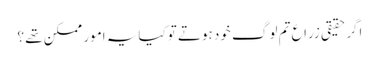
اگرحقیقی زراع تم لوگ خود ہوتے توکیایہ امور ممکن تھے ؟